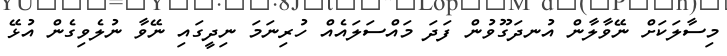
މިސާލަކަށް ނޭވާލާން އުނދަގޫވުން ފަދަ މައްސަލައެއް ހުރިނަމަ ނިދީގައި ނޭވާ ނުލެވިގެން އުޅޭ